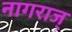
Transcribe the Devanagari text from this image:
नागराज्